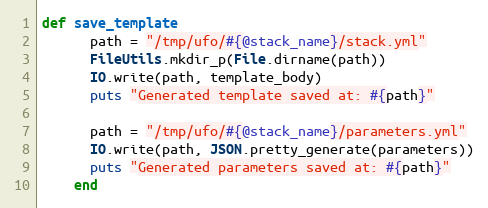
Language: Ruby
def save_template
      path = "/tmp/ufo/#{@stack_name}/stack.yml"
      FileUtils.mkdir_p(File.dirname(path))
      IO.write(path, template_body)
      puts "Generated template saved at: #{path}"

      path = "/tmp/ufo/#{@stack_name}/parameters.yml"
      IO.write(path, JSON.pretty_generate(parameters))
      puts "Generated parameters saved at: #{path}"
    end